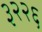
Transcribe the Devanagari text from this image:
३२२६